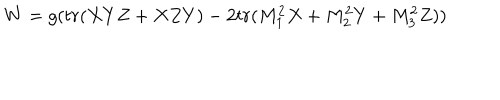
W = g ( t r ( X Y Z + X Z Y ) - 2 t r ( M _ { 1 } ^ { 2 } X + M _ { 2 } ^ { 2 } Y + M _ { 3 } ^ { 2 } Z ) )